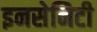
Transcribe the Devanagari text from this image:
इनसेनिटी